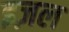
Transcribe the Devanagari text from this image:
इज़ल